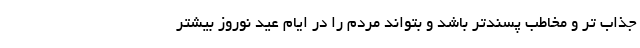
جذاب تر و مخاطب پسندتر باشد و بتواند مردم را در ایام عید نوروز بیشتر